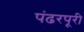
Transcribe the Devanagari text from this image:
पंढरपूरी